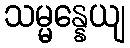
သမ္မန္နေယျ